Scientific memoirs by medical officers of the Army of India - Part III,
Year: 1887
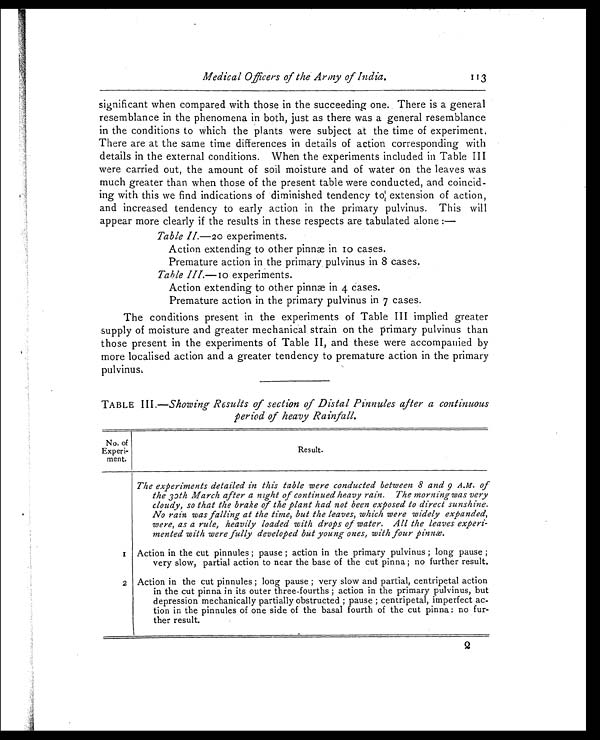
Medical Officers of the Army of India .
113
significant when compared with those in the succeeding one. There is a general
resemblance in the phenomena in both, just as there was a general resemblance
in the conditions to which the plants were subject at the time of experiment.
There are at the same time differences in details of action corresponding with
details in the external conditions. When the experiments included in Table III
were carried out, the amount of soil moisture and of water on the leaves was
much greater than when those of the present table were conducted, and coincid
- i n g w i t h t h i s w e f i n d i n d i c a t i o n s o f d i m i n i s h e d t e n d e n c y t o ; e x t e n s i o n o f a c t i o n ,
and increased tendency to early action in the primary pulvinus. This will
appear more clearly if the results in these respects are tabulated alone :
—
Table II.—20 experiments.
Action extending to other pinnae in 10 cases.
Premature action in the primary pulvinus in 8 cases.
Table III.—10 experiments.
Action extending to other pinnæ in 4 cases.
Premature action in the primary pulvinus in 7. cases.
The conditions present in the experiments of Table III implied greater
supply of moisture and greater mechanical strain on the primary pulvinus than
those present in the experiments of Table II, and these were accompanied by
more localised action and a greater tendency to premature action in the primary
pulvinus:
TABLE III.— Showing Results of section of Distal Pinnules after a continuous
period of heavy Rainfall.
No. of
Experi -
ment.
Resul t.
The experiments detailed in this table were conducted between 8 and 9 A.M. of
morning was very
the 30th March after a night of continued heavy rain. The
cloudy, so that the brake of the plant had not been exposed to direct sunshine.
No rain was falling at the time, but the leaves, which were widely expanded,
were, as a rule, heavily loaded with drops of water. All the leaves experi-
mented with were fully developed but young ones, with four pinnæ .
1 Action in the cut pinnules ; pause ; action in the primary pulvinus ; long pause ;
very slow, partial action to near the base of the cut pinna ; no further result.
2 Action in the cut pinnules ; long pause ; very slow and partial, centripetal action
in the cut pinna in its outer three-fourths ; action in the primary pulvinus, but
depression mechanically partially obstructed ; pause ; centripetal, imperfect ac-
tion in the pinnules of one side of the basal fourth of the cut pinna : no fur-
ther result.